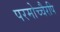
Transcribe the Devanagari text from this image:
परमोच्चैरपि